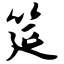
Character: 筵